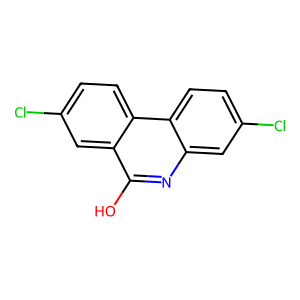
SMILES: Oc1nc2cc(Cl)ccc2c2ccc(Cl)cc12
Inhibits HIV replication: No